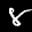
Label: 8